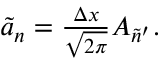
\begin{array} { r } { \tilde { a } _ { n } = \frac { \Delta x } { \sqrt { 2 \pi } } A _ { \tilde { n } ^ { \prime } } . } \end{array}